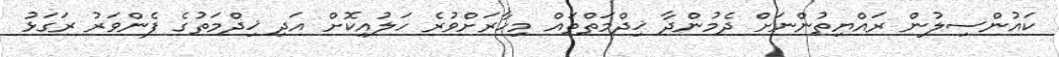
ކައުންސިލުން ރައްޔިތުންނަށް ދެމުންދާ ޚިދްމަތްތައް މިހާރަށްވުރެ ހަލުއިކޮށް އަދި ޚިދްމަތުގެ ފެންވަރު ރަގަޅު